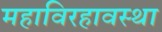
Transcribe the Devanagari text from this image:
महाविरहावस्था